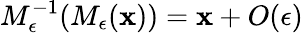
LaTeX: M_{\epsilon}^{-1}(M_{\epsilon}({\mathbf x}))={\mathbf x}+O(\epsilon)